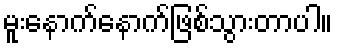
မူးနောက်နောက်ဖြစ်သွားတာပါ။